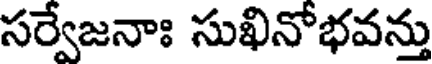
సర్వేజనాః సుఖినోభవన్తు